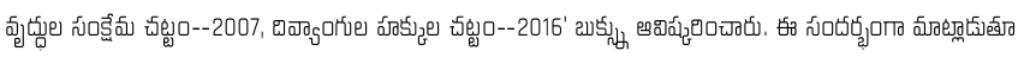
వృద్ధుల సంక్షేమ చట్టం--2007, దివ్యాంగుల హక్కుల చట్టం--2016' బుక్స్ను ఆవిష్కరించారు. ఈ సందర్భంగా మాట్లాడుతూ